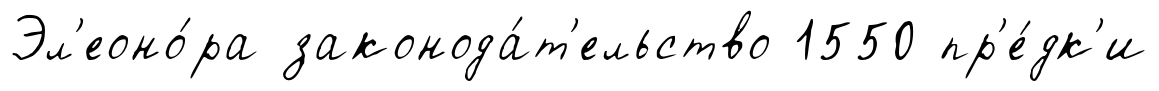
Эл'еоно́ра законода́т'ельство 1550 пр'е́дк'и